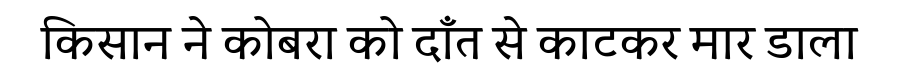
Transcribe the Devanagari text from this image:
किसान ने कोबरा को दाँत से काटकर मार डाला